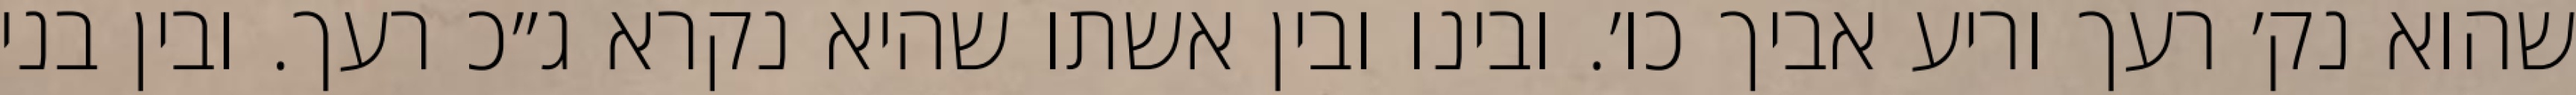
שהוא נק׳ רעך וריע אביך כו׳. ובינו ובין אשתו שהיא נקרא ג״כ רעך. ובין בני